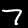
Label: 7